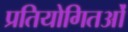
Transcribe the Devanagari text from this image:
प्रतियोगितओं